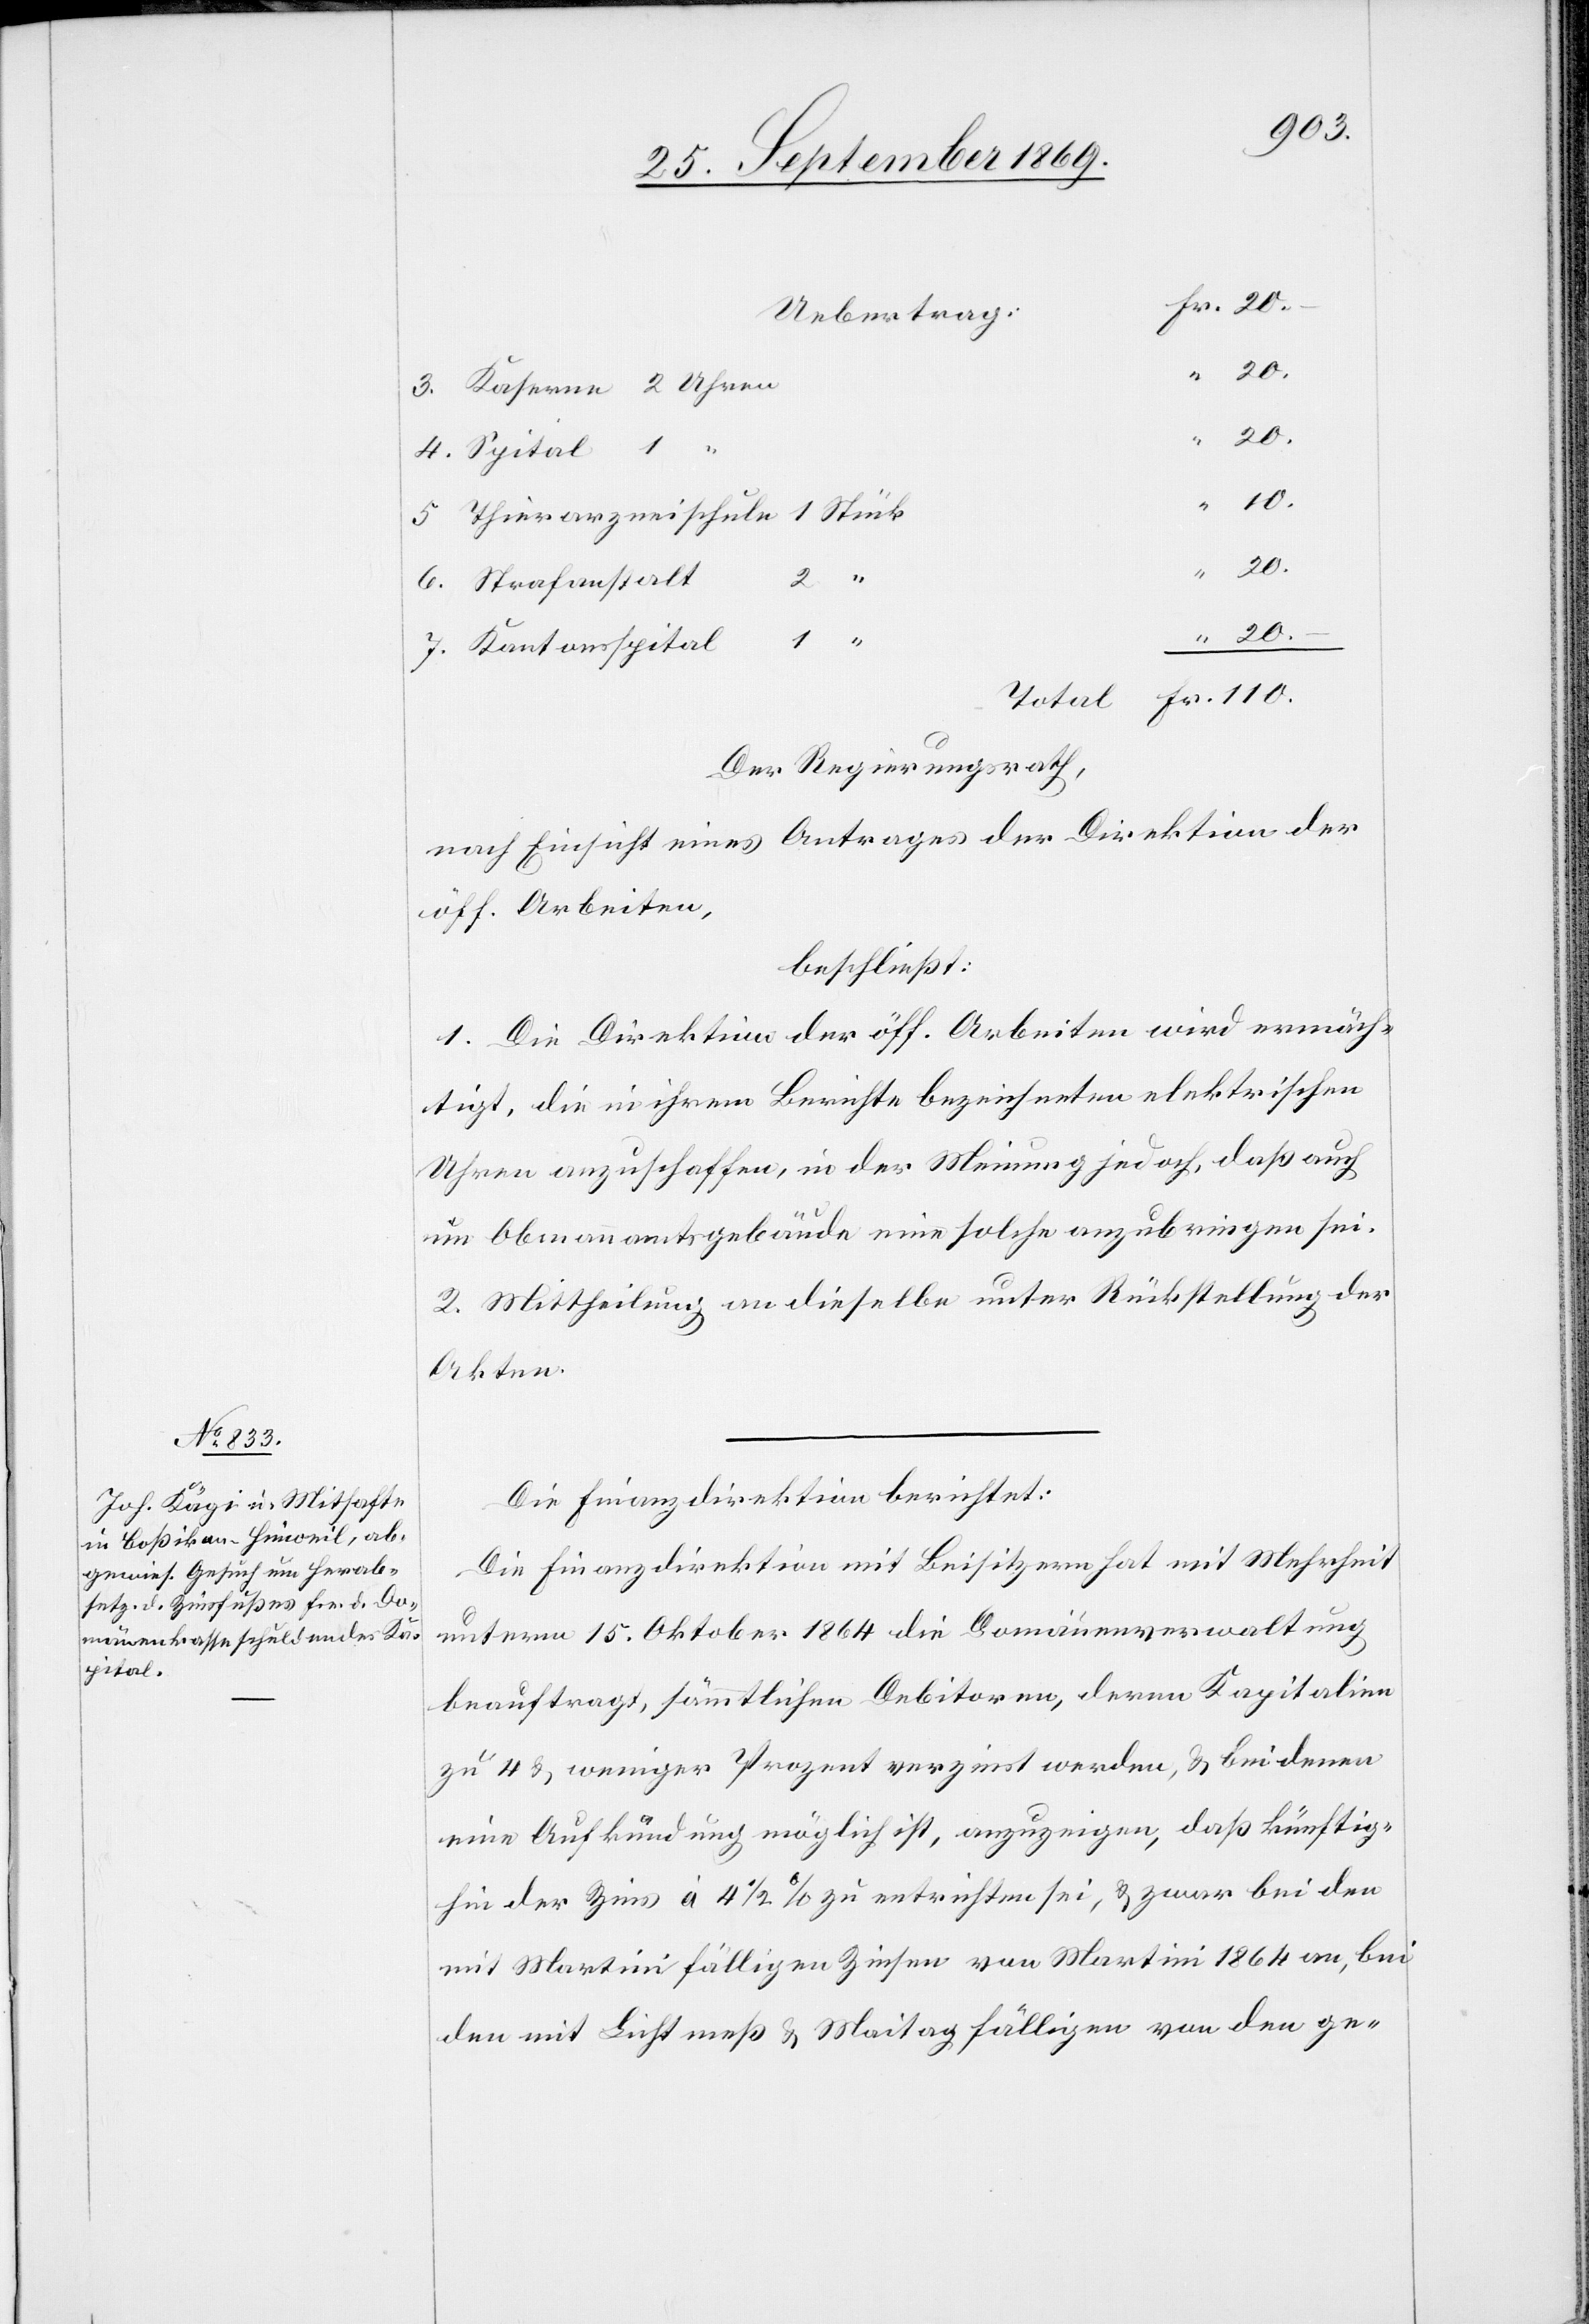
Spital

110.
Uebertrag:
Kaserne 2 Uhren
20.
“
Thierarzneischule 1 Stück
10.
2 “
Der Regierungsrath,
nach Einsicht eines Antrages der Direktion der
öff. Arbeiten,
beschließt:
1. Die Direktion der öff. Arbeiten wird ermäch¬
tigt, die in ihrem Berichte bezeichneten elektrischen
Uhren anzuschaffen, in der Meinung jedoch, daß auch
im Obmannamtsgebäude eine solche anzubringen sei.
2. Mittheilung an dieselbe unter Rückstellung der
Akten.
Die Finanzdirektion berichtet:
Die Finanzdirektion mit Beisitzern hat mit Mehrheit
unterm 15. Oktober 1864 die Domänenverwaltung
beauftragt, sämmtlichen Debitoren, deren Kapitalien
zu 4 & weniger Prozent verzinst werden, & bei denen
eine Aufkündung möglich ist, anzuzeigen, daß künftig¬
hin der Zins à 4 1/2% zu entrichten sei, & zwar bei den
mit Martini fälligen Zinsen von Martini 1864 an, bei
den mit Lichtmeß & Maitag fälligen von den ge-